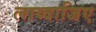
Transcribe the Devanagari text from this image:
लाव्वाजिए